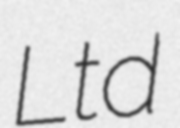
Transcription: Ltd